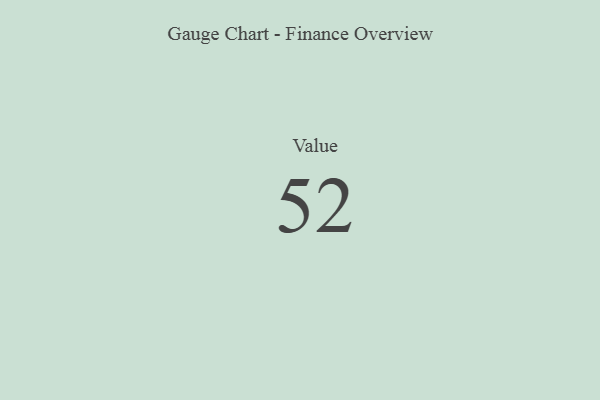
{"axis": {"x": "Metric", "y": "Value"}, "legend": [""], "data": [{"x": "Value", "y": 52, "type": ""}]}